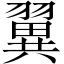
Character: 翼